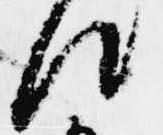
汰